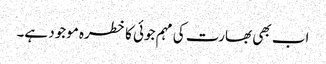
اب بھی بھارت کی مہم جوئی کا خطرہ موجود ہے۔